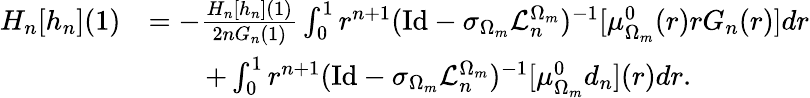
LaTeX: \begin{array}{rl}{H_{n}[h_{n}](1)}&{=-\frac{H_{n}[h_{n}](1)}{2nG_{n}(1)}\int_{0}^{1}r^{n+1}(\textnormal{Id}-\sigma_{\Omega_{m}}\mathcal{L}_{n}^{\Omega_{m}})^{-1}[\mu_{\Omega_{m}}^{0}(r)rG_{n}(r)]dr}\\ &{\qquad+\int_{0}^{1}r^{n+1}(\textnormal{Id}-\sigma_{\Omega_{m}}\mathcal{L}_{n}^{\Omega_{m}})^{-1}[\mu_{\Omega_{m}}^{0}d_{n}](r)dr.}\end{array}